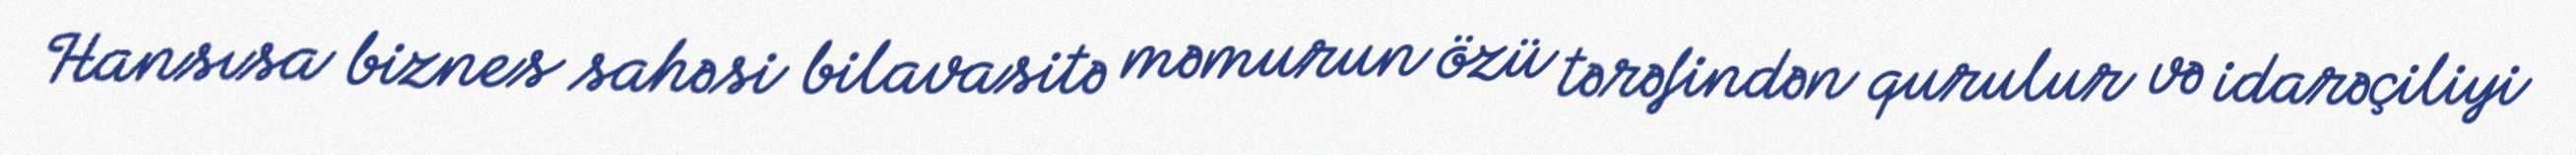
Hansısa biznes sahəsi bilavasitə məmurun özü tərəfindən qurulur və idarəçiliyi